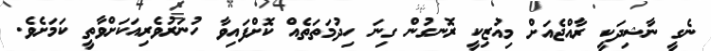
ނެގީ ނާޝިދަކީ ރާއްޖެއަށް މިއުޒިކީ ރޮނގުން ގިނަ ހިދުމަތަތެއް ކޮށްފައިވާ ހުނަރުވެރިއަކަށްވާތީ ކަމަށެވެ.